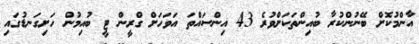
އާންމުކޮށް ބޭނުންކުރާ ބުއިންތަކަށްވުރެ 43 އިންސައްތަ އަވަހަށް ގްރީން ޓީ ބުއިމުން ހަށިގަނޑުގައި